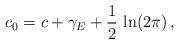
LaTeX: \begin{align*} c_0=c+\gamma_E+\frac{1}{2}\, \ln(2\pi)\, ,\end{align*}